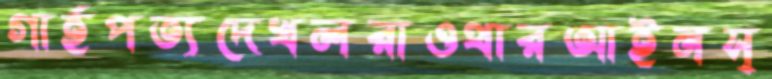
গার্হপত্যদেখলরাওথারআইনস্